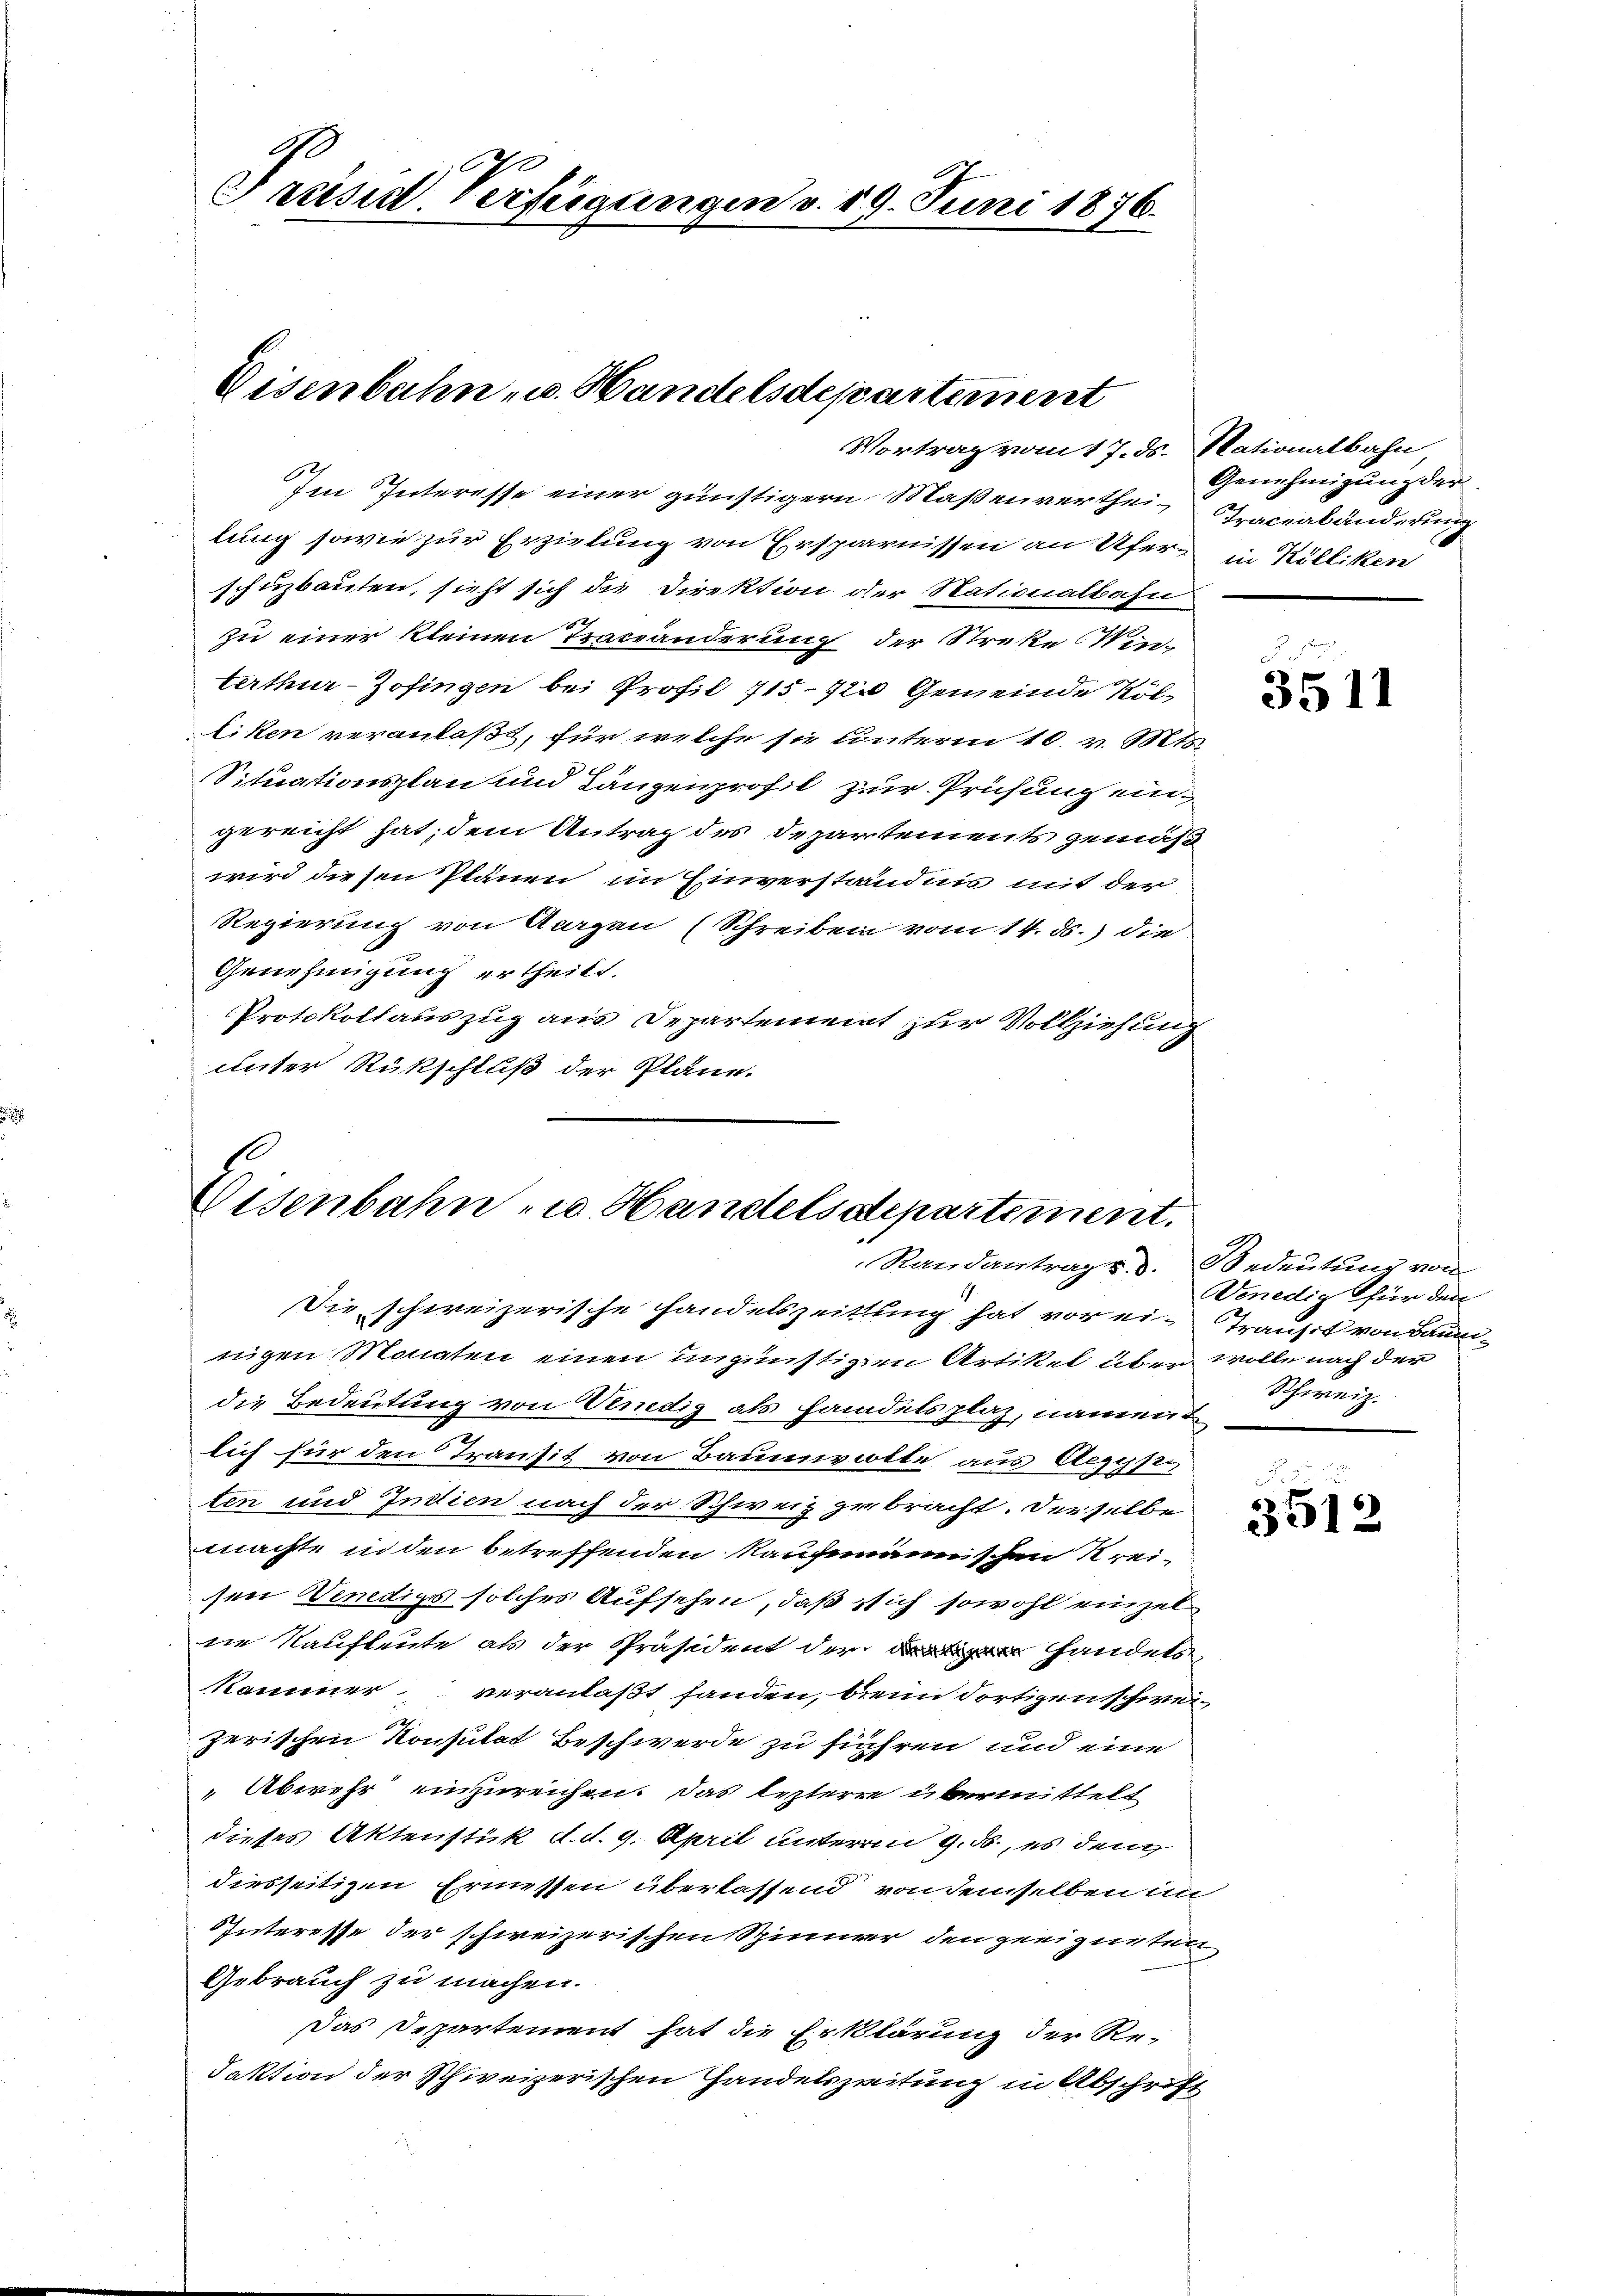
A
1
Präsid. Verfügungen v. 19. Juni 1876.

Eisenbahn u. Handelsdepartement
Vortrag vom 17. ds. Nationalbahn,

Im Interesse einer günstigern Maßenverthei- Graceabänderung
lung sowie zur Erzielung von Ersparnissen an Ufer in Kölliken
schuzbauten, sieht sich die Direktion der Stationalbahn
zu einer kleinen Traceänderung der Streke Win-
terthur–Zofingen bei Profil 715 - 12 Gemeinde Kölliken veranlaßt, für welche sie unterm 10. v. Mts.
Situationsplan und Längenprofil zur Prüfung eingereicht hat, dem Antrag des Departements gemäß
wird diesen Plänen im Einverständnis mit der
Regierung von Aargau (Schreiben vom 14. ds. die
Genehmigung ertheilt.
Protokollauszug aus Departement zur Vollziehung
unter Rückschluß der Pläne.

Eisenbahn u. Handelsdepartement.
Randantrag d. d.

Genehmigung der

Die schweizerische Handelszeitung hat vor ein Transit von Baumnigen Monaten einen ungünstigen Artikel über wolle nach der
die Bedeutung von Venedig als handelsplaz, nament
lich für den Transit von Baumvoolle aus Aegyp
ten und Indien nach der Schweiz gebracht. Derselbe
machte in den betreffenden Kaufmännischen Kreisen Vendiges solches Aufsehen, daß sich sowohl einzelne Kaufleute als der Präsident der Handels
Kammer, veranlaßt fanden, beim dortigenschweizerischen Konsulat Beschwerde zu führen und eine
Abwehr einzureichen. Das leztere übermittelt
dieses Aktenstük d. d. 9. April unterm 9. ds., es den
diesseitigen Ermessen überlassend von demselben in
Interesse der schweizerischen Spinner den geeigneten
Gebrauch zu machen.
Das Departement hat die Erklärung der Re-
Faktion der Schweizerischen Handelszeitung in Abschrift

Da
3511

Bedeutung von
Venedig für den
Schweiz.

3512